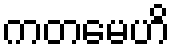
ကတမေဟိ